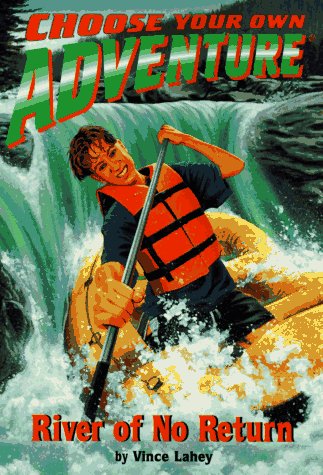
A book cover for River of No Return (Choose Your Own Adventure No. 178); Edward Packard; Sports & Outdoors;